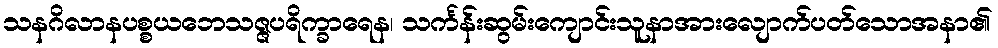
သနဂိလာနပစ္စယဘေသဇ္ဇပရိက္ခာရေန၊ သင်္ကန်းဆွမ်းကျောင်းသူနာအားလျောက်ပတ်သောအနာ၏